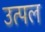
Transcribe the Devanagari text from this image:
उत्‍पल